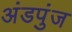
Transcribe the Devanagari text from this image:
अंडपुंज